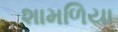
શામળિયા